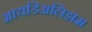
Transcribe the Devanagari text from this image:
आयडिअलिझम